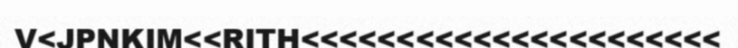
V<JPNKIM<<RITH<<<<<<<<<<<<<<<<<<<<<<